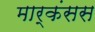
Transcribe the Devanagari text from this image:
मार्कंसस